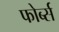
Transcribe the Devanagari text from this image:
फोर्ब्‍स